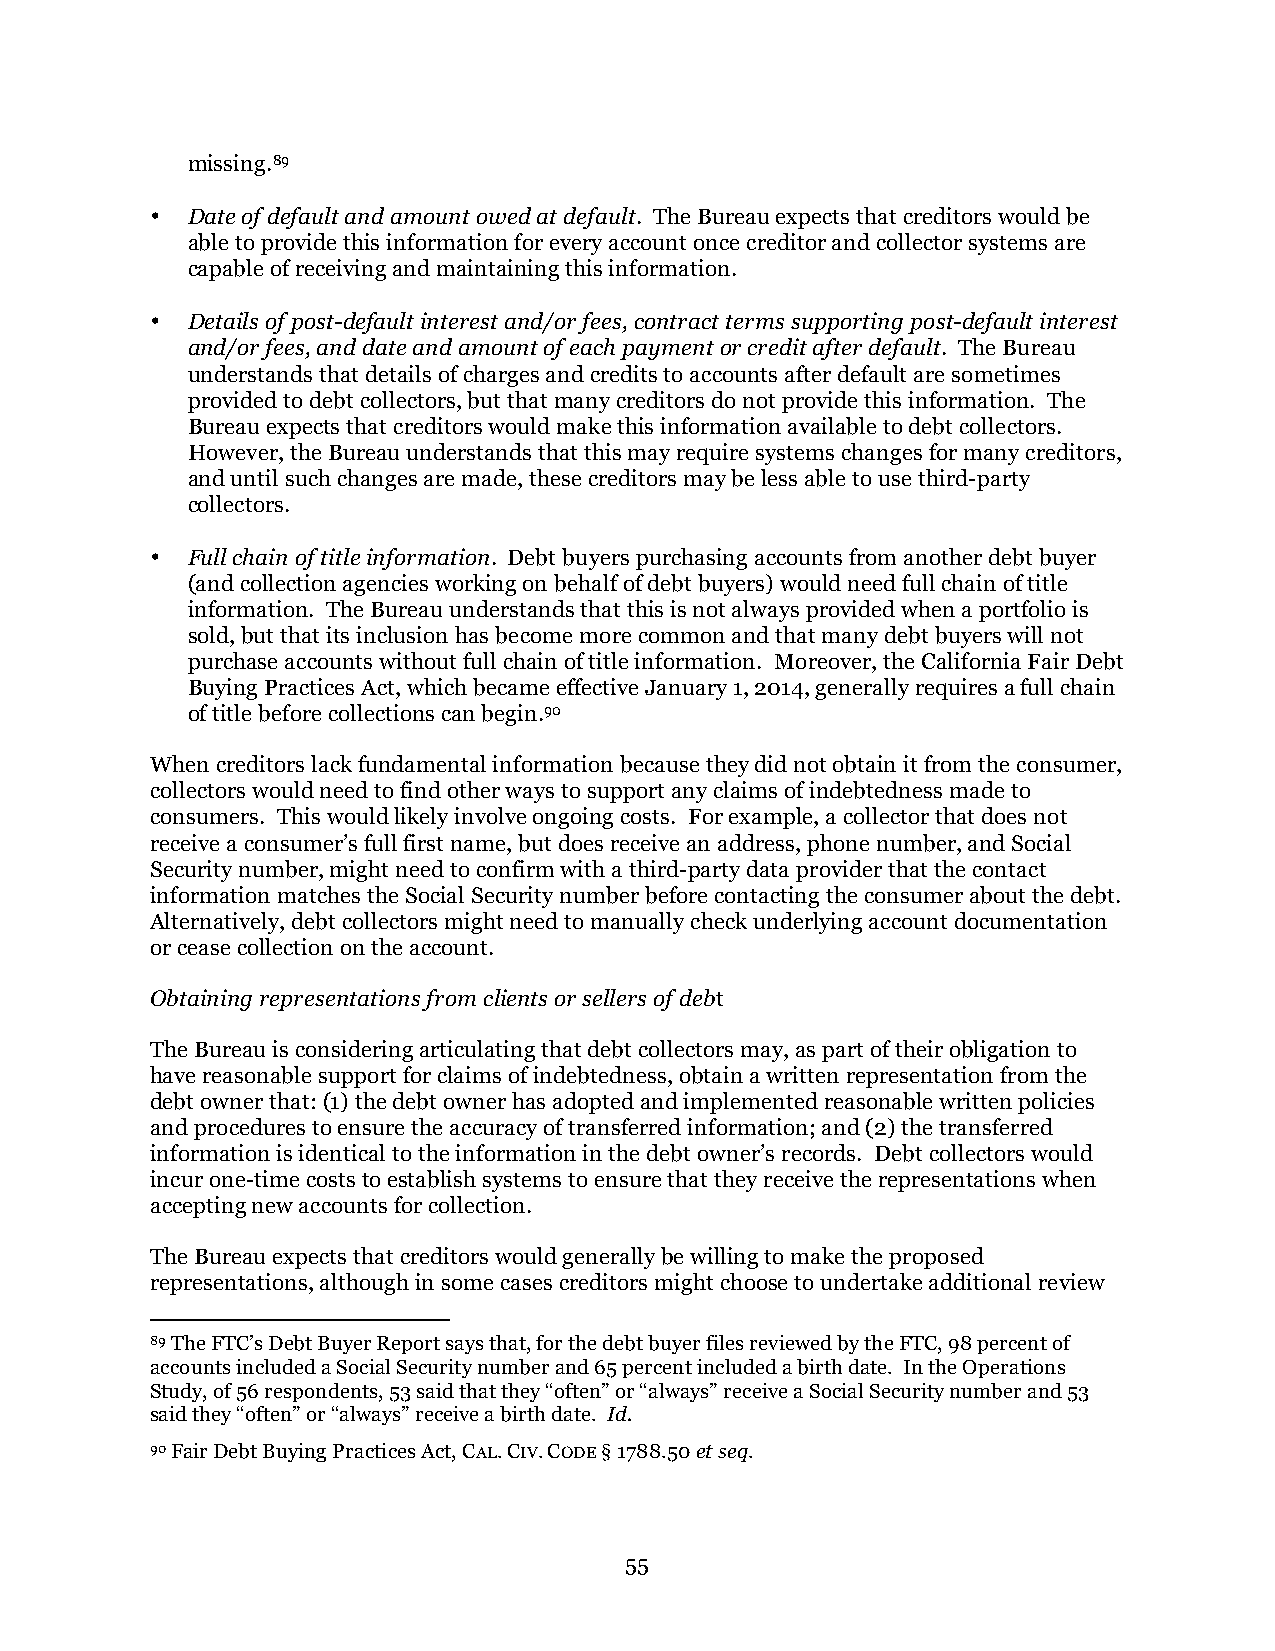
missing.89
 • Date of default and amount owed at default. The Bureau expects that creditors would be
 able to provide this information for every account once creditor and collector systems are
 capable of receiving and maintaining this information.
 • Details of post-default interest and/or fees, contract terms supporting post-default interest
 and/or fees, and date and amount of each payment or credit after default. The Bureau
 understands that details of charges and credits to accounts after default are sometimes
 provided to debt collectors, but that many creditors do not provide this information. The
 Bureau expects that creditors would make this information available to debt collectors.
 However, the Bureau understands that this may require systems changes for many creditors,
 and until such changes are made, these creditors may be less able to use third-party
 collectors.
 • Full chain of title information. Debt buyers purchasing accounts from another debt buyer
 (and collection agencies working on behalf of debt buyers) would need full chain of title
 information. The Bureau understands that this is not always provided when a portfolio is
 sold, but that its inclusion has become more common and that many debt buyers will not
 purchase accounts without full chain of title information. Moreover, the California Fair Debt
 Buying Practices Act, which became effective January 1, 2014, generally requires a full chain
 of title before collections can begin.90
 When creditors lack fundamental information because they did not obtain it from the consumer,
 collectors would need to find other ways to support any claims of indebtedness made to
 consumers. This would likely involve ongoing costs. For example, a collector that does not
 receive a consumer’s full first name, but does receive an address, phone number, and Social
 Security number, might need to confirm with a third-party data provider that the contact
 information matches the Social Security number before contacting the consumer about the debt.
 Alternatively, debt collectors might need to manually check underlying account documentation
 or cease collection on the account.
 Obtaining representations from clients or sellers of debt
 The Bureau is considering articulating that debt collectors may, as part of their obligation to
 have reasonable support for claims of indebtedness, obtain a written representation from the
 debt owner that: (1) the debt owner has adopted and implemented reasonable written policies
 and procedures to ensure the accuracy of transferred information; and (2) the transferred
 information is identical to the information in the debt owner’s records. Debt collectors would
 incur one-time costs to establish systems to ensure that they receive the representations when
 accepting new accounts for collection.
 The Bureau expects that creditors would generally be willing to make the proposed
 representations, although in some cases creditors might choose to undertake additional review
 89 The FTC’s Debt Buyer Report says that, for the debt buyer files reviewed by the FTC, 98 percent of
 accounts included a Social Security number and 65 percent included a birth date. In the Operations
 Study, of 56 respondents, 53 said that they “often” or “always” receive a Social Security number and 53
 said they “often” or “always” receive a birth date. Id.
 90 Fair Debt Buying Practices Act, CAL. CIV. CODE § 1788.50 et seq.
 55